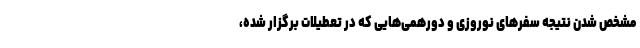
مشخص شدن نتیجه سفرهای نوروزی و دورهمی‌هایی که در تعطیلات برگزار شده،